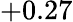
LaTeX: +0.27